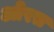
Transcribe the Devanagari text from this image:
ओरत